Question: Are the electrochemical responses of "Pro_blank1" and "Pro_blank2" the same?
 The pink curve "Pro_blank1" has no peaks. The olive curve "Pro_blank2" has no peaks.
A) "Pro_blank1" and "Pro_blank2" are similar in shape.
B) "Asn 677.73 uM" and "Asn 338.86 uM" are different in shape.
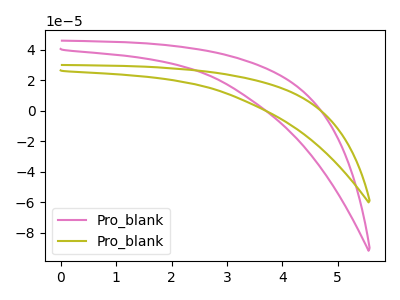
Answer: <think>Neither "Pro_blank1" or "Pro_blank2" have any peaks.
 </think>
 <answer>A) "Pro_blank1" and "Pro_blank2" are similar in shape.</answer>
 <eval>A</eval>